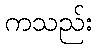
ကသည်း